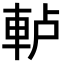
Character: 𨋤